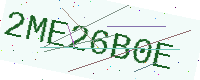
Text: 2ME26B0E